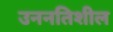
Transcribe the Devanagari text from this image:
उननतिशील